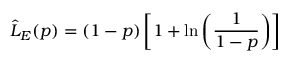
\Hat { L } _ { E } ( p ) = ( 1 - p ) \left[ 1 + \ln \left( { \frac { 1 } { 1 - p } } \right) \right]